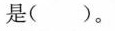
是( )。